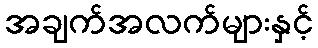
အချက်အလက်များနှင့်